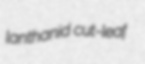
lanthanid cut-leaf